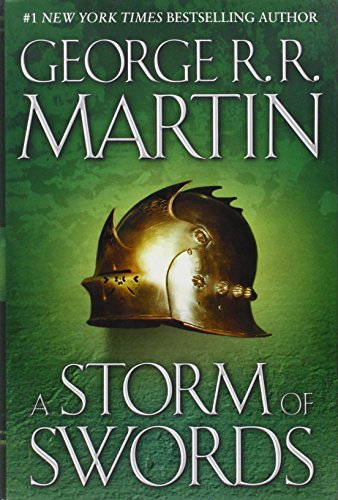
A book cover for A Storm of Swords (A Song of Ice and Fire, Book 3); George R. R. Martin; Literature & Fiction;